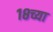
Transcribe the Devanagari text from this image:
१८च्या